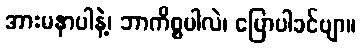
အားမနာပါနဲ့၊ ဘာကိစ္စပါလဲ၊ ပြောပါခင်ဗျာ။